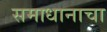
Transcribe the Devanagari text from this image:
समाधानाचा